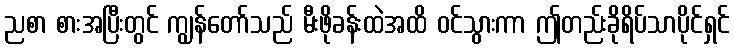
ညစာ စားအပြီးတွင် ကျွန်တော်သည် မီးဖိုခန်းထဲအထိ ဝင်သွားကာ ဤတည်းခိုရိပ်သာပိုင်ရှင်